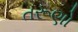
તરૂણો